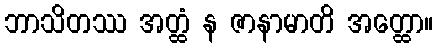
ဘာသိတဿ အတ္ထံ န ဇာနာမာတိ အတ္ထော။